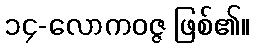
၁၄-လောကဝဇ္ဇ ဖြစ်၏။